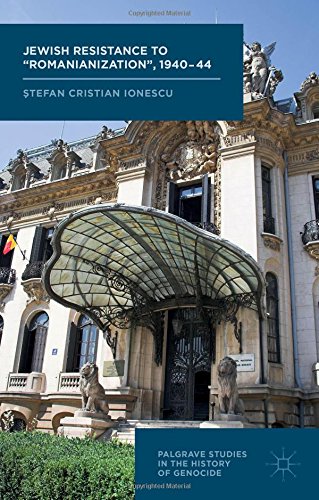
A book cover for Jewish Resistance to 'Romanianization', 1940-44 (Palgrave Studies in the History of Genocide); Stefan Cristian Ionescu; History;